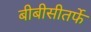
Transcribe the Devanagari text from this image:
बीबीसीतर्फे